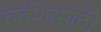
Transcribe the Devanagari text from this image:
चर्वणासाठी